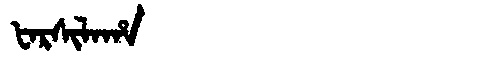
Manchu: ᡶᠠᡵᠰᡳᠯᠠᡥᠠ
Romanization: FARSILAHA